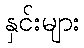
နှင်းများ